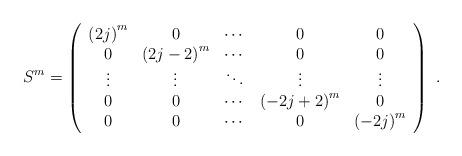
LaTeX: \begin{align*}S^{m}=\left(\begin{array}[c]{ccccc}\left( 2j\right) ^{m} & 0 & \cdots & 0 & 0\\0 & \left( 2j-2\right) ^{m} & \cdots & 0 & 0\\\vdots & \vdots & \ddots & \vdots & \vdots\\0 & 0 & \cdots & \left( -2j+2\right) ^{m} & 0\\0 & 0 & \cdots & 0 & \left( -2j\right) ^{m}\end{array}\right) \ .\end{align*}